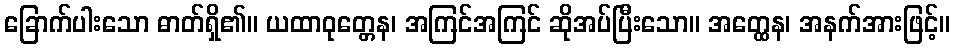
ခြောက်ပါးသော ဓာတ်ရှိ၏။ ယထာဝုတ္တေန၊ အကြင်အကြင် ဆိုအပ်ပြီးသော။ အတ္ထေန၊ အနက်အားဖြင့်။